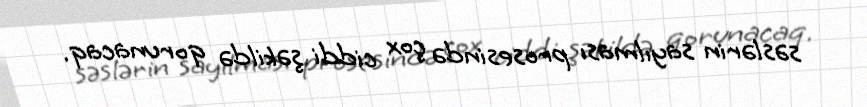
səslərin sayılması prosesində çox ciddi şəkildə qorunacaq.